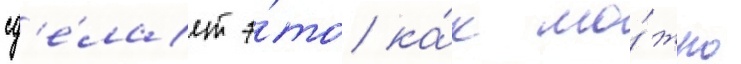
сд'е́лает э́то ка́к мо́жно